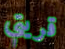
قريتي